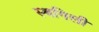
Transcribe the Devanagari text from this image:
स्थगिली